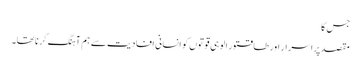
جس کا
مقصد پراسرار اور طاقتور الوہی قوتوں کو انسانی افادیت سے ہم آہنگ کرنا تھا۔